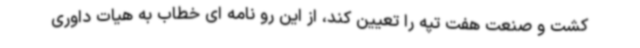
کشت و صنعت هفت تپه را تعیین کند، از این رو نامه ای خطاب به هیات داوری